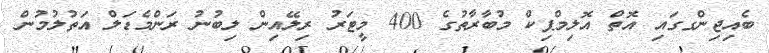
ބެއިޖިންގގައި އޮތް އޮލިމްޕިކް މުބާރާތުގެ 400 މީޓަރު ރިލޭއިން ލިބުނު ރަންމެޑަލް އަތުލުމުން